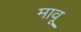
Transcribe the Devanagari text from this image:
मावू